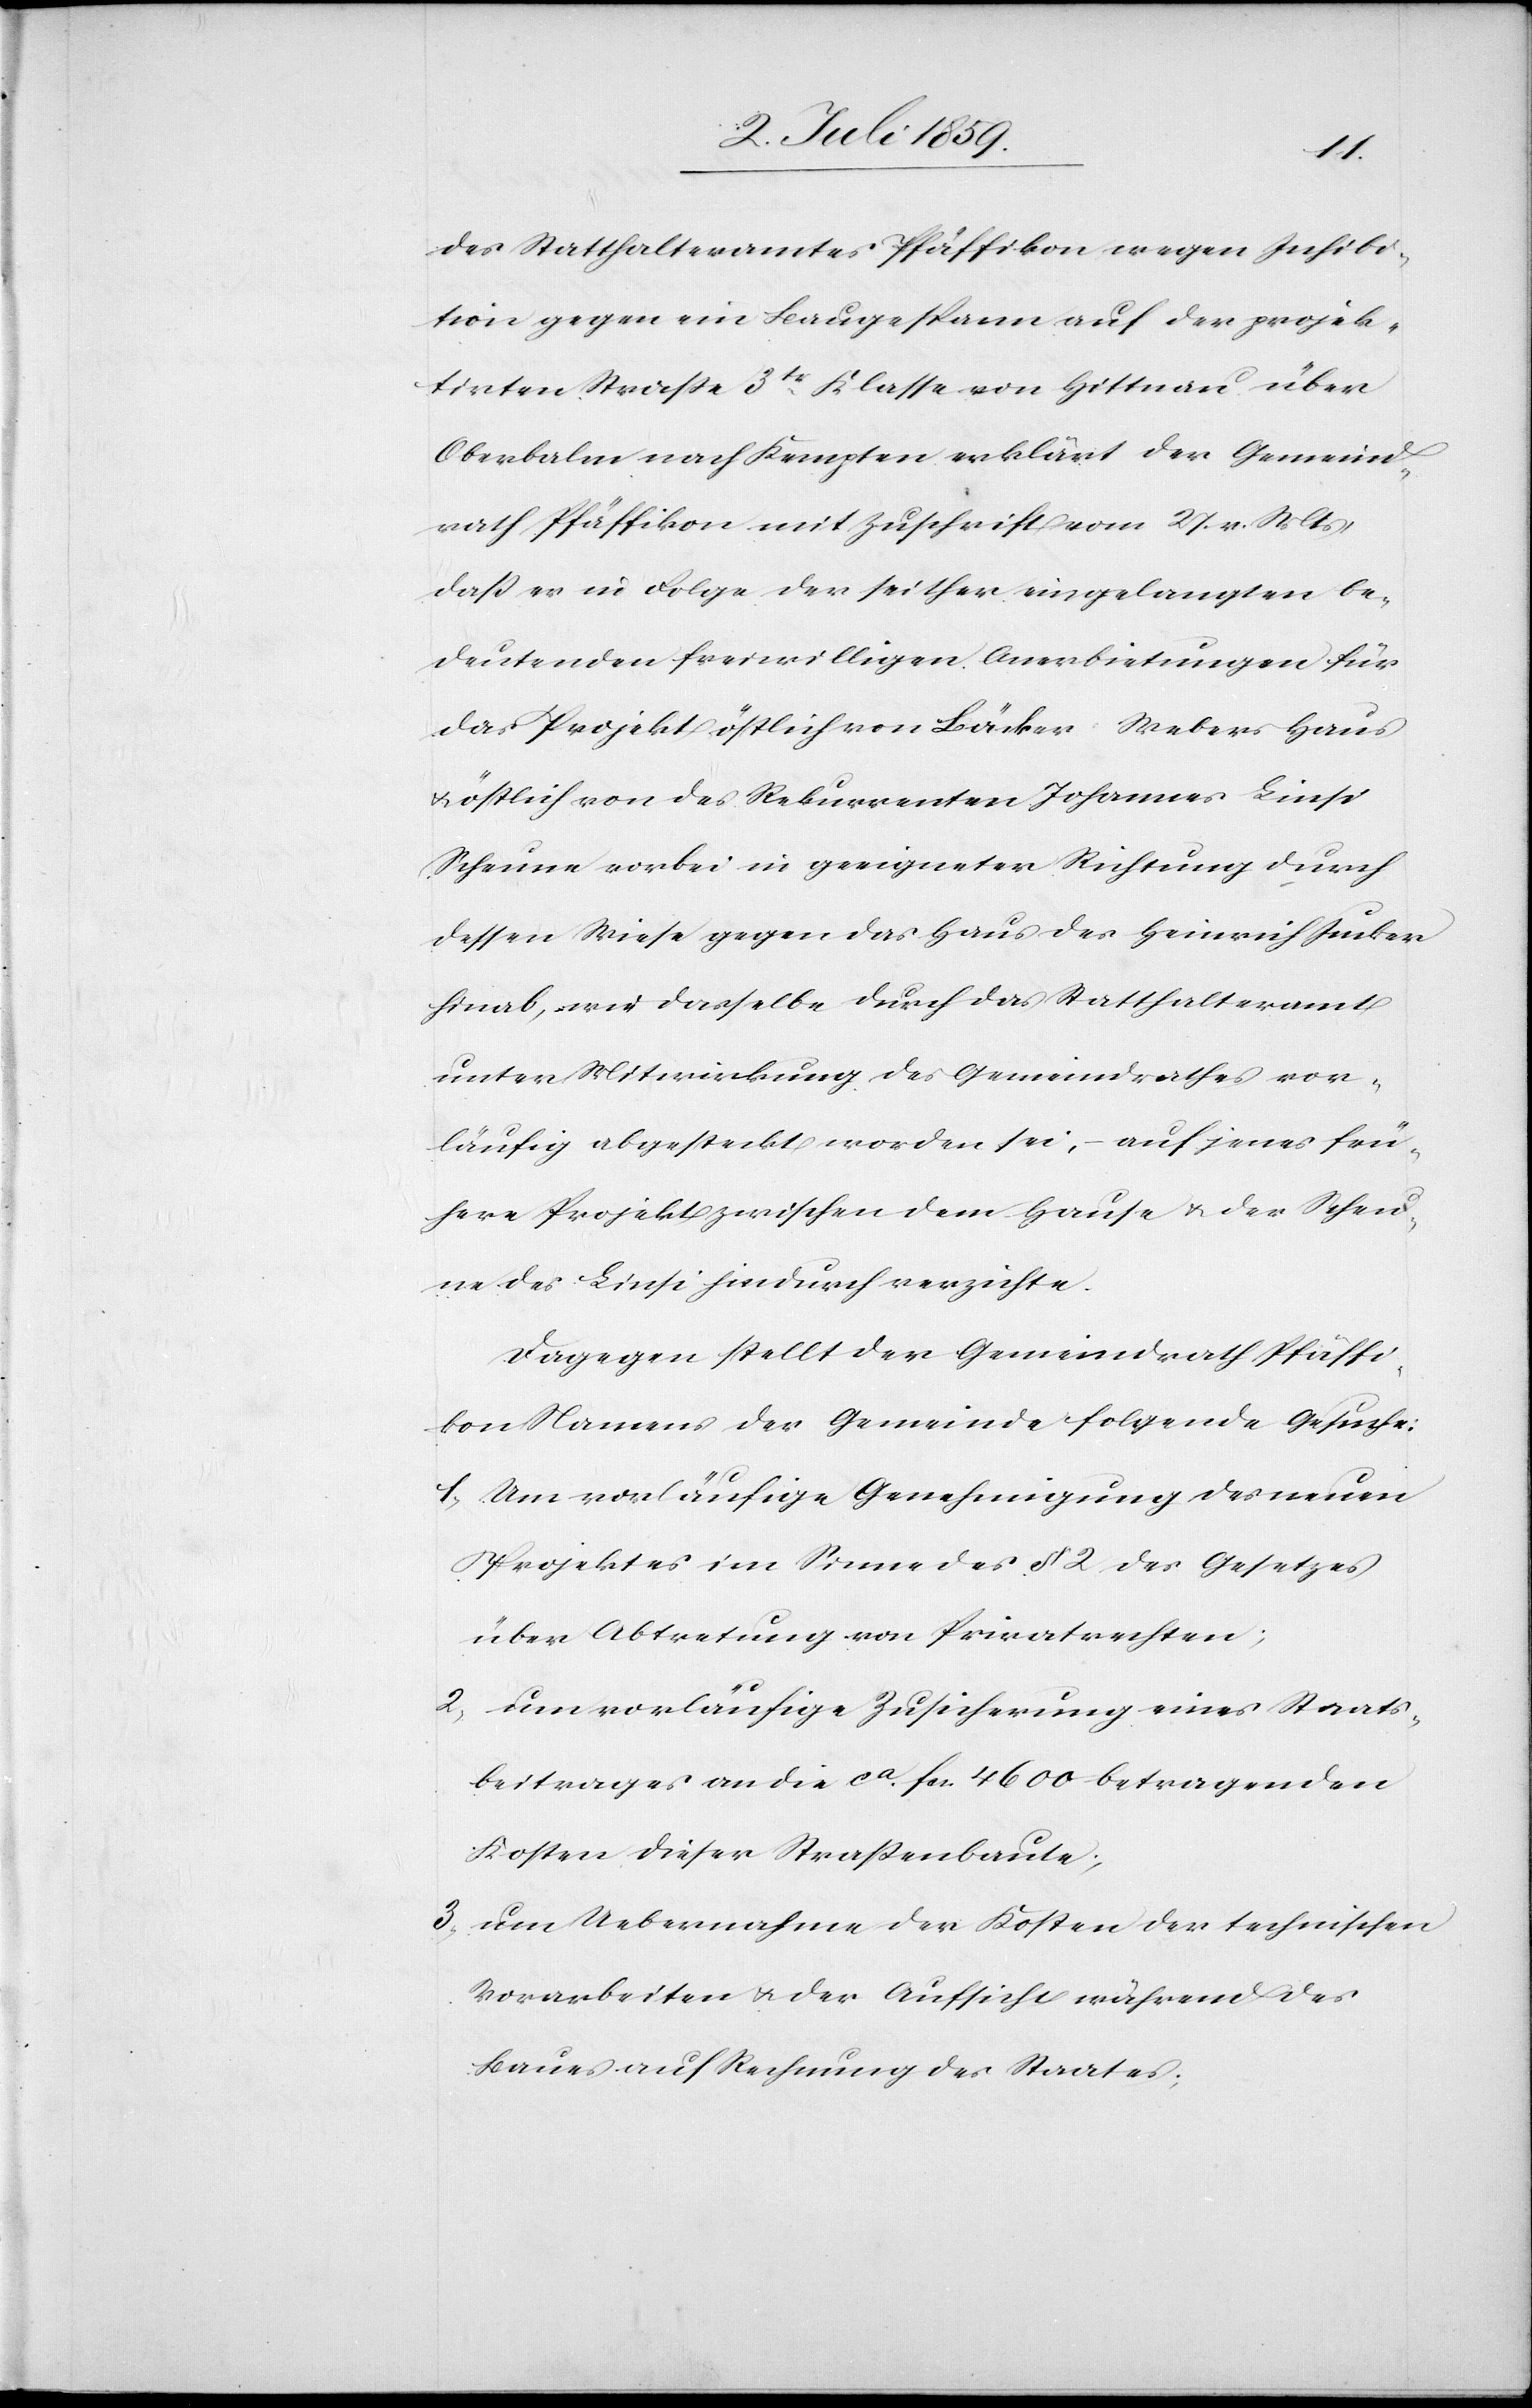
des Statthalteramtes Pfäffikon wegen Inhibi¬
tion gegen ein Baugespann auf der projek¬
tirten Strasse 3tr. Klasse von Hittnau über
Oberbalm nach Kempten erklärt der Gemeind¬
rath Pfäffikon mit Zuschrift vom 27. v. Mts,
dass er in Folge der seither eingelangten be¬
deutenden freiwilligen Anerbietungen für
das Projekt östlich von Bäcker Webers Haus
u. östlich von des Rekurrenten Johannes Linsi
Scheune vorbei in geeigneter Richtung durch
dessen Wiese gegen das Haus des Heinrich Studer
hinab, wie dasselbe durch das Statthalteramt
unter Mitwirkung des Gemeindrathes vor¬
läufig abgesteckt worden sei, – auf jenes frü¬
here Projekt zwischen dem Hause u. der Scheu¬
ne des Linsi hindurch verzichte.
Dagegen stellt der Gemeindrath Pfäffi¬
kon Namens der Gemeinde folgende Gesuche:
1) um vorläufige Genehmigung des neuen
Projektes im Sinne des § 2 des Gesetzes
über Abtretung von Privatrechten;
2) um vorläufige Zusicherung eines Staats¬
beitrages an die ca fr. 4600 betragenden
Kosten dieser Strassenbaute;
3) um Uebernahme der Kosten der technischen
Vorarbeiten u. der Aufsicht während des
Baues auf Rechnung des Staates;